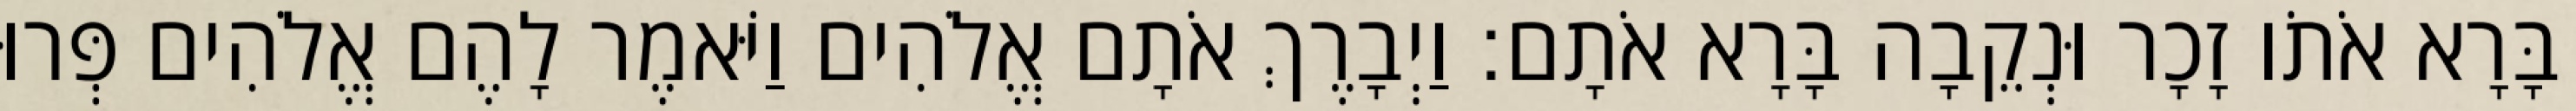
בָּרָא אֹתֹו זָכָר וּנְקֵבָה בָּרָא אֹתָם׃ וַיְבָרֶךְ אֹתָם אֱלֹהִים וַיֹּאמֶר לָהֶם אֱלֹהִים פְּרוּ